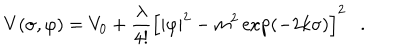
V ( \sigma , \varphi ) = V _ { 0 } + { \frac { \lambda } { 4 ! } } \left[ | \varphi | ^ { 2 } - m ^ { 2 } \exp \left( - 2 k \sigma \right) \right] ^ { 2 } .